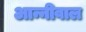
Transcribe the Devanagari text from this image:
आन्नीवाल